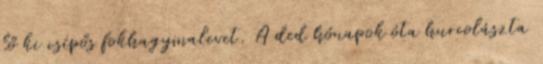
lő ki csípős fokhagymalevet. A ded hónapok óta hurcolászta